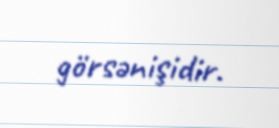
görsənişidir.